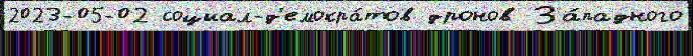
2023-05-02 социал-д'емокра́тов дронов За́падного